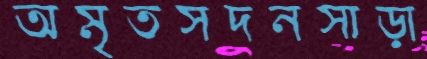
অমৃতসদনসাড়া